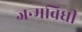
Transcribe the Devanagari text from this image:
जन्मविधी